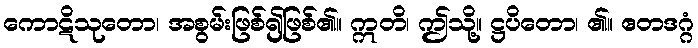
ကောဋိသုတော၊ အစွမ်းဖြစ်၍ဖြစ်၏။ ဣတိ၊ ဤသို့။ ဋ္ဌပိတော၊ ၏။ ဧတဒဂ္ဂံ